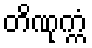
တိဏုက္ကံ